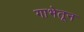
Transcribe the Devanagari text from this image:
गाभेतून